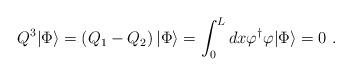
LaTeX: \begin{align*}Q^{3}|\Phi\rangle = \left(Q_{1}-Q_{2}\right)|\Phi\rangle =\int_{0}^{L}dx\varphi^{\dagger}\varphi |\Phi\rangle = 0 \ .\end{align*}